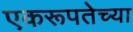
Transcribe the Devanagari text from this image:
एकरूपतेच्या